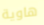
هاوية